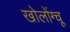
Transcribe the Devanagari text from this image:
खोलोंग्चू